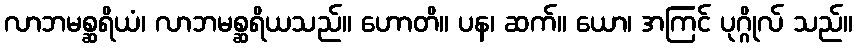
လာဘမစ္ဆရိယံ၊ လာဘမစ္ဆရိယသည်။ ဟောတိ။ ပန၊ ဆက်။ ယော၊ အကြင် ပုဂ္ဂိုလ် သည်။